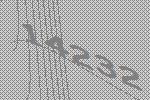
14232